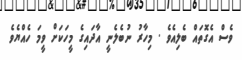
ވެސް އެގޮތައް ބެލިއެވެ . މިހާރު ނުބެލެނީ އާދައިގެ މީހަކަށް ވީމަ ހެއްޔެވެ